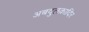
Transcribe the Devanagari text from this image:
अबदुलक़ादिर